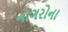
નાગરોના